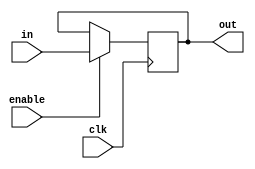
module D_flipflop (enable,clk,in,out);
	input in,clk;
	input enable;
	output out;
	reg out;
	
	initial begin
		out<=1'b0;
	end

	
	always@(posedge clk) begin
		if (enable == 1) begin
			out<=in;
		end
	end
	
	
	endmodule